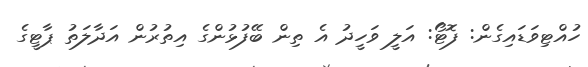
ހުއްޓިވަޑައިގެން: ފޮޓޯ: އަލީ ވަހީދު އެ ތިން ބޭފުޅުންގެ އިތުރުން އަދާލަތު ޕާޓީގެ